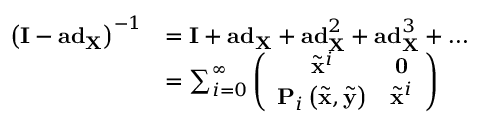
\begin{array} { r l } { \left( \mathbf { I } - \mathbf { a d } _ { \mathbf { X } } \right) ^ { - 1 } } & { = \mathbf { I } + \mathbf { a d } _ { \mathbf { X } } + \mathbf { a d } _ { \mathbf { X } } ^ { 2 } + \mathbf { a d } _ { \mathbf { X } } ^ { 3 } + \ldots } \\ & { = \sum _ { i = 0 } ^ { \infty } \left( \begin{array} { c c } { \tilde { \mathbf { x } } ^ { i } } & { \mathbf { 0 } } \\ { \mathbf { P } _ { i } \left( \tilde { \mathbf { x } } , \tilde { \mathbf { y } } \right) } & { \tilde { \mathbf { x } } ^ { i } } \end{array} \right) } \end{array}